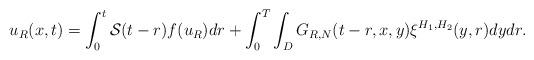
LaTeX: \begin{align*}u_{R}(x,t)=\int_{0}^{t}\mathcal{S}(t-r)f(u_{R})dr+\int_{0}^{T}\int_{D}G_{R,N}(t-r,x,y)\xi^{H_{1},H_{2}}(y,r)dydr.\end{align*}